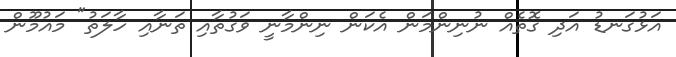
އަޅުގަނޑު އަދި ގޮތެއް ނުނިންމަން އެކަން ނިންމާނީ ވަގުތާއި ތަނާއި ހާލަތު" މައުމޫން